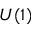
U ( 1 )